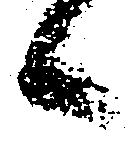
候